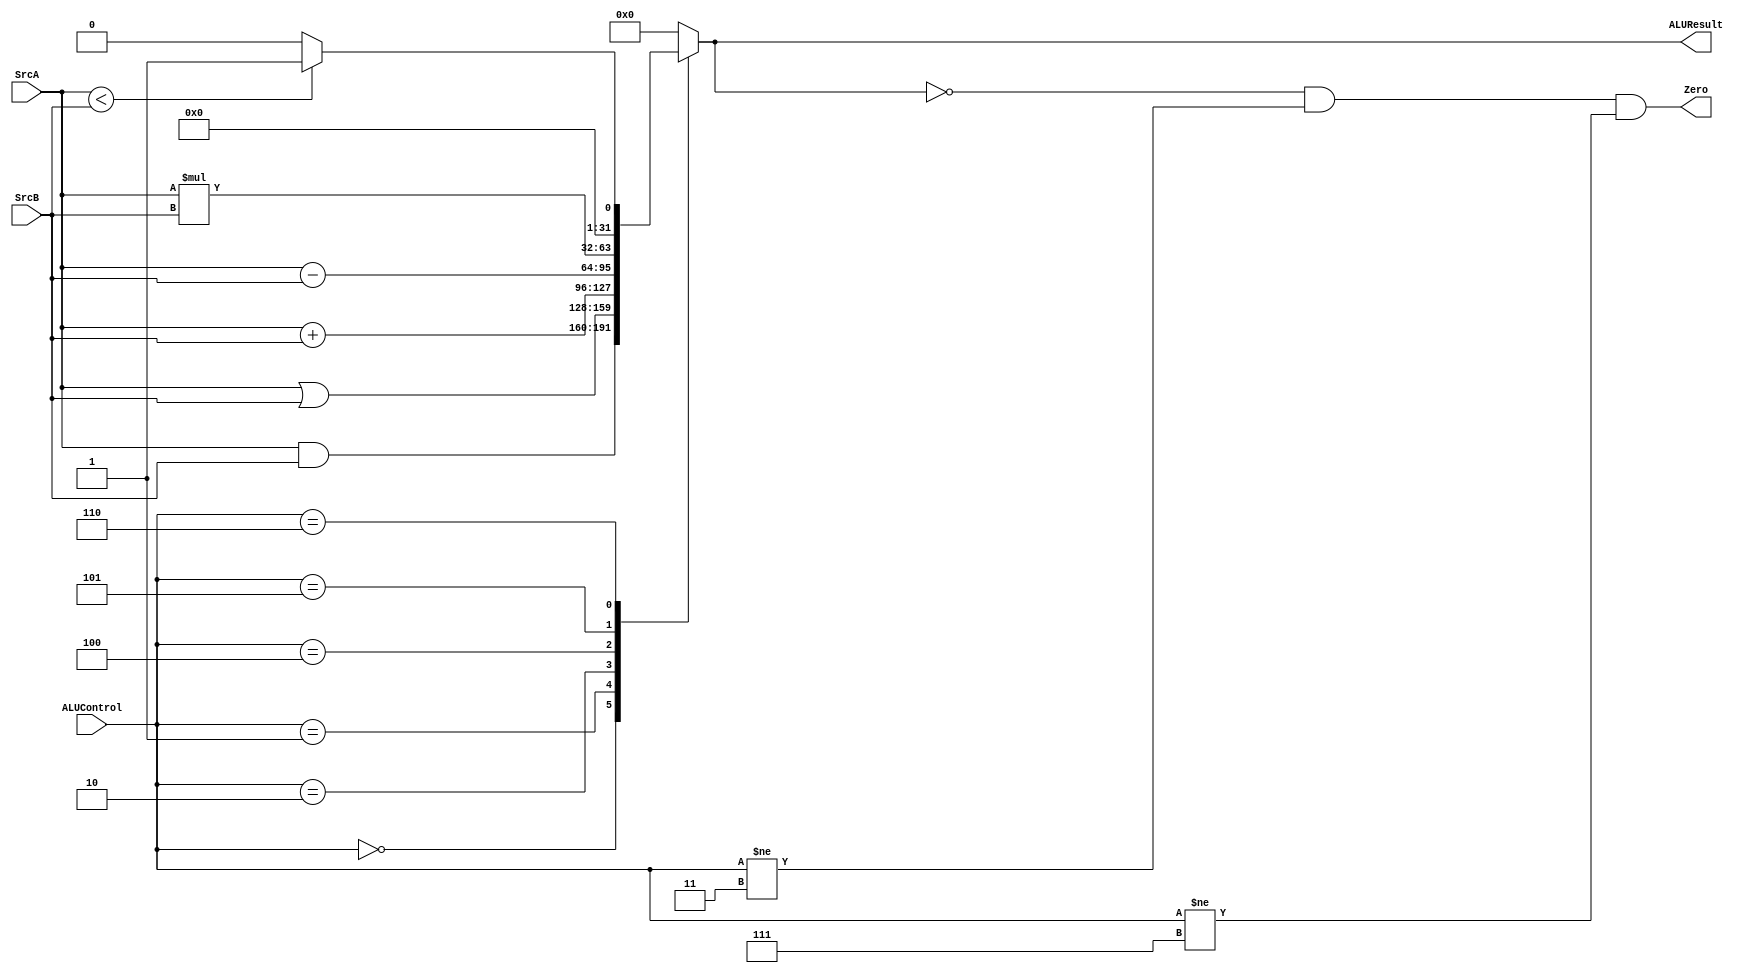
module ALU #(
    parameter ALU_Width = 'd32,
              ALU_Control_Signal = 'd3
) (
    input  wire  [ALU_Width-1:0]              SrcA,
    input  wire  [ALU_Width-1:0]              SrcB,
    input  wire  [ALU_Control_Signal-1:0]     ALUControl,
    output reg   [ALU_Width-1:0]              ALUResult,
    output reg                                Zero
);

always @(*) begin
    case (ALUControl)
    'b000 : begin
        ALUResult = SrcA & SrcB;
    end 

    'b001 : begin
        ALUResult = SrcA | SrcB;
    end

    'b010 : begin
        ALUResult = SrcA + SrcB;
    end

    'b100 : begin
        ALUResult = SrcA - SrcB;
    end

    'b101 : begin
        ALUResult = SrcA * SrcB;
    end

    'b110 : begin
        //SLT
        if (SrcA < SrcB) begin
            ALUResult = 'b1;
        end
        else begin
            ALUResult = 'b0;
        end
    end

        default : begin
            ALUResult = 'b0;
        end
    endcase
    
end
always @(*) begin
    Zero = (ALUResult == 'b0 && ALUControl!='b011 && ALUControl!='b111);
end
   
endmodule